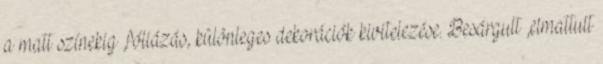
a matt színekig ,fóliázás, különleges dekorációk kivitelezése. Besárgult ,elmattult